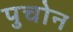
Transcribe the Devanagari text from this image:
पुचोन